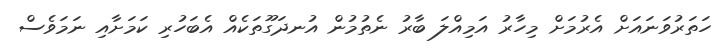
ހަތަރުވަނައަށް އެރުމަށް މިހާރު އަމިއްލަ ބާރު ނެތުމުން އުނދަގޫތަކެއް އެބަހުރި ކަމަށާއި ނަމަވެސް